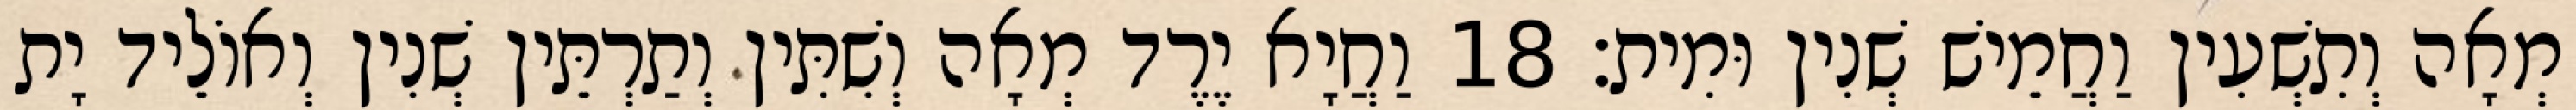
מְאָה וְתִשְׁעִין וַחֲמֵישׁ שְׁנִין וּמִית׃ 18 וַחֲיָא יֶרֶד מְאָה וְשִׁתִּין וְתַרְתֵּין שְׁנִין וְאוֹלֵיד יָת